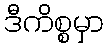
ဒီကိစ္စမှာ